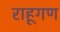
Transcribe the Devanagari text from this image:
राहूगण